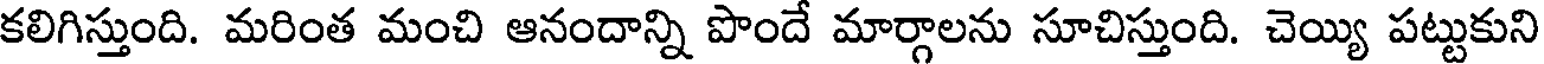
కలిగిస్తుంది. మరింత మంచి ఆనందాన్ని పొందే మార్గాలను సూచిస్తుంది. చెయ్యి పట్టుకుని